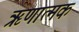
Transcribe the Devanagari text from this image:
ॠणात्मक